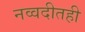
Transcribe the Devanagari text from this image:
नव्वदीतही